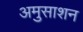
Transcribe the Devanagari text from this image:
अमुसाशन